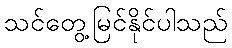
သင်တွေ့မြင်နိုင်ပါသည်